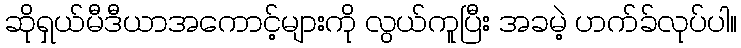
ဆိုရှယ်မီဒီယာအကောင့်များကို လွယ်ကူပြီး အခမဲ့ ဟက်ခ်လုပ်ပါ။